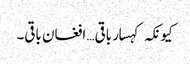
کیونکہ کہسار باقی… افغان باقی۔